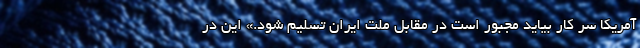
آمریکا سر کار بیاید مجبور است در مقابل ملت ایران تسلیم شود.» این در